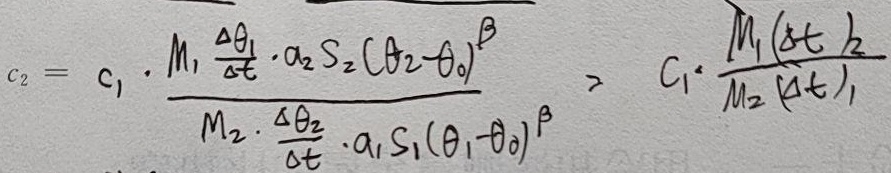
\[c_{2}=c_{1}\cdot\frac{M_{1}\frac{\Delta\theta_{1}}{\Delta t}\cdot a_{2}S_{2}(\theta_{2}-\theta_{0})^{\beta}}{M_{2}\cdot\frac{\Delta\theta_{2}}{\Delta t}\cdot a_{1}S_{1}(\theta_{1}-\theta_{0})^{\beta}}>c_{1}\cdot\frac{M_{1}(\Delta t)_{2}}{M_{2}(\Delta t)_{1}}\]